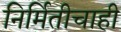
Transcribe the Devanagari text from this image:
निर्मितीचाही